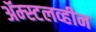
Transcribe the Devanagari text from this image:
ॲम्स्टलव्हीन